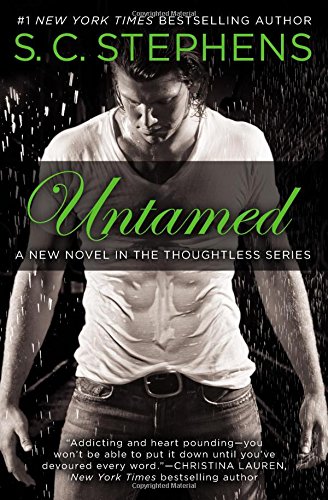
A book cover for Untamed (A Thoughtless Novel); S. C. Stephens; Romance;